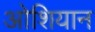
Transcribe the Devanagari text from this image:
ओशियान